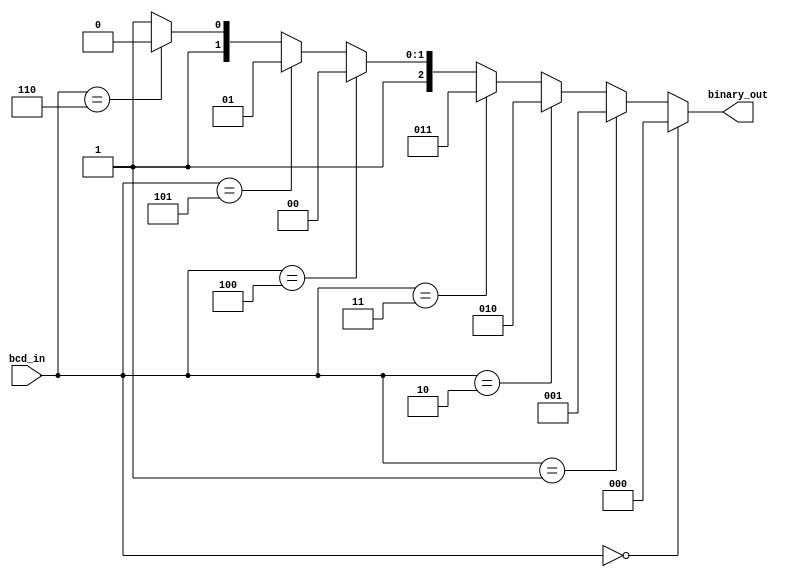
module bcd_to_binary( input wire [3:0] bcd_in, 
                  output [2:0] binary_out);
 


  assign binary_out = (bcd_in == 4'b0000) ? 3'b000 :
                     (bcd_in == 4'b0001) ? 3'b001 :
                     (bcd_in == 4'b0010) ? 3'b010 :
                     (bcd_in == 4'b0011) ? 3'b011 :
                     (bcd_in == 4'b0100) ? 3'b100 :
                     (bcd_in == 4'b0101) ? 3'b101 :
                     (bcd_in == 4'b0110) ? 3'b110 :
                     3'b111;
endmodule